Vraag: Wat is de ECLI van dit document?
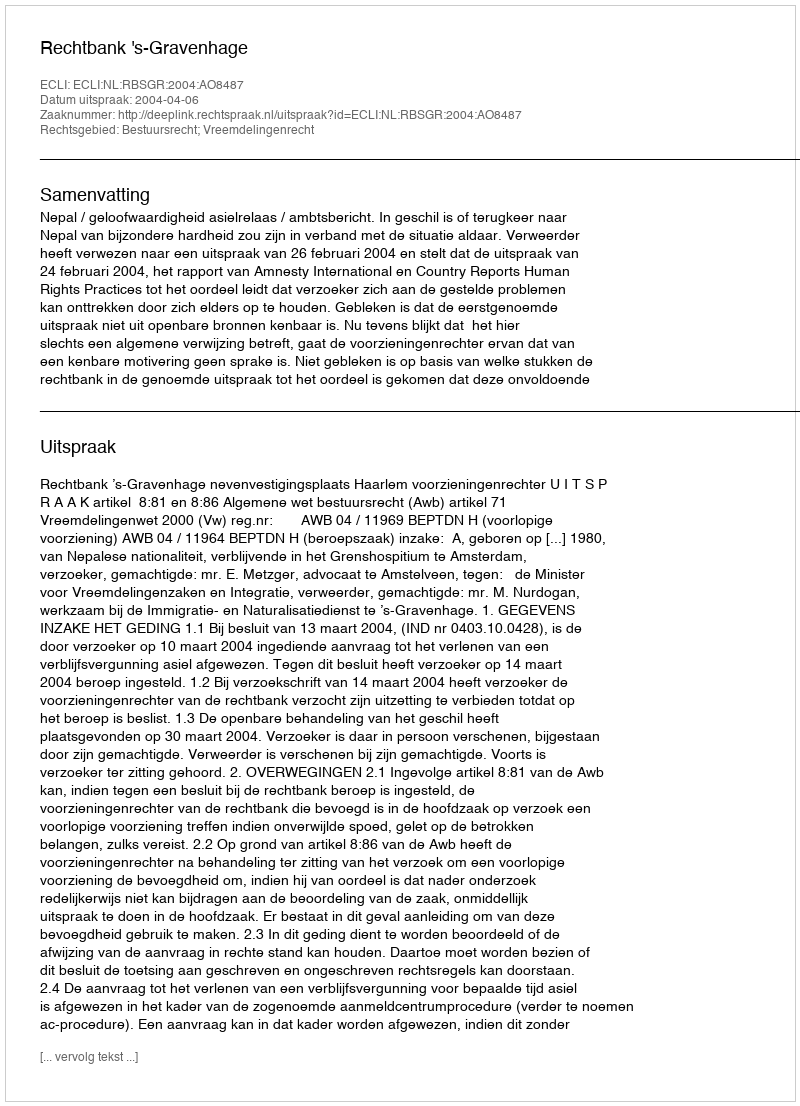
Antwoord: ECLI:NL:RBSGR:2004:AO8487